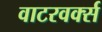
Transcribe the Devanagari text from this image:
वाटरवर्क्स